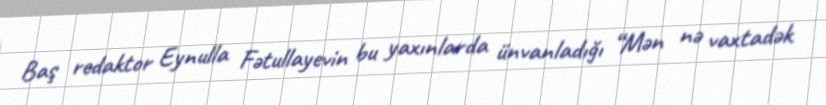
Baş redaktor Eynulla Fətullayevin bu yaxınlarda ünvanladığı “Mən nə vaxtadək